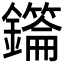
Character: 𮣜